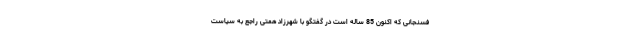
فسنجانی که اکنون 85 ساله است در گفتگو با شهرزاد همتی راجع به سیاست